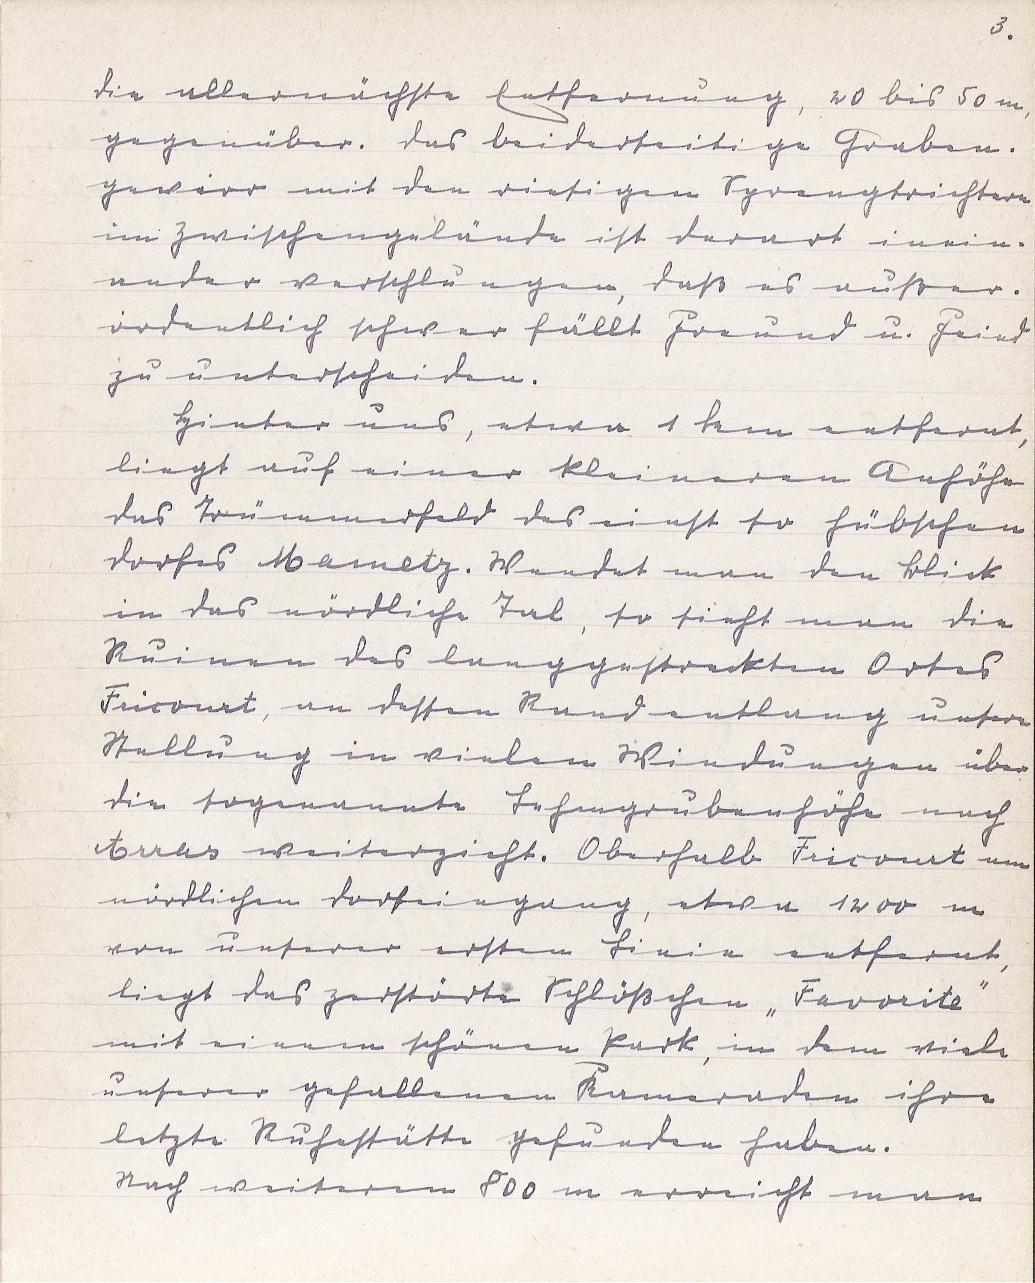
3.
die allernächste Entfernung, 20 bis 50 m,
gegenüber. Das beiderseitige Graben¬
gewirr mit den riesigen Sprengtrichtern
im Zwischengelände ist derart inein¬
ander verschlungen, daß es außer¬
ordentlich schwer fällt Freund u. Feind
zu unterscheiden.
Hinter uns, etwa 1 km entfernt,
liegt auf einer kleineren Anhöhe
das Trümmerfeld des einst so hübschen
Dorfes Mametz. Wendet man den Blick
in das nördliche Tal, so sieht man die
Ruinen des langgestreckten Ortes
Fricourt, an dessen Rand entlang unsere
Stellung in vielen Windungen über
die sogenannte Lehmgrubenhöhe nach
Arras weiterzieht. Oberhalb Fricourt am
nördlichen Dorfeingang, etwa 1200 m
von unserer ersten Linie entfernt,
liegt das zerstörte Schlößchen "Favorite"
mit einem schönen Park, in dem viele
unserer gefallenen Kameraden ihre
letzte Ruhestätte gefunden haben.
Nach weiteren 800 m erreicht man